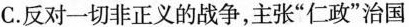
C.反对一切非正义的战争，主张”仁政”治国